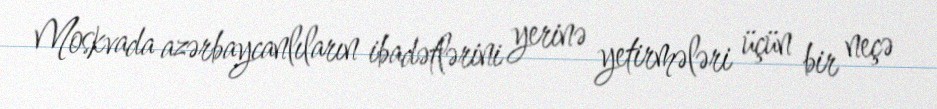
Moskvada azərbaycanlıların ibadətlərini yerinə yetirmələri üçün bir neçə